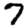
Digit: 7